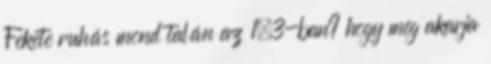
Fekete ruhás mond talán az 1×3-ban? hogy meg akarja